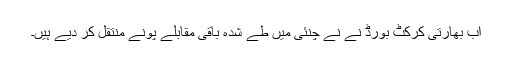
اب بھارتی کرکٹ بورڈ نے نے چنئی میں طے شدہ باقی مقابلے پونے منتقل کر دیے ہیں۔